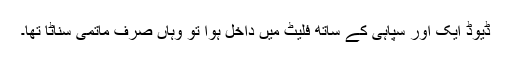
ڈیوڈ ایک اور سپاہی کے ساتھ فلیٹ میں داخل ہوا تو وہاں صرف ماتمی سناٹا تھا۔